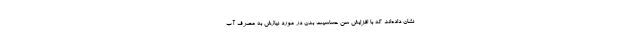
نشان داده‌اند که با افزایش سن حساسیت بدن در مورد نیازش به مصرف آب